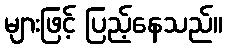
များဖြင့် ပြည့်နေသည်။